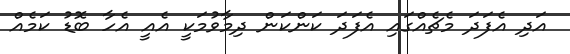
އަދި އެފަދަ މެޗެއްގައި އެފަދަ ކަންކަން ދިމާވުމަކީ އެއީ އެހާ ބޮޑު ކަމެއް